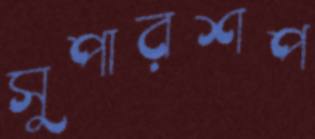
সুপারশপ